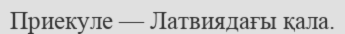
Приекуле — Латвиядағы қала.